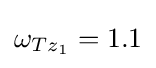
\omega _{Tz_{1}}=1.1